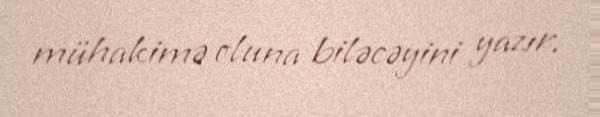
mühakimə oluna biləcəyini yazır.